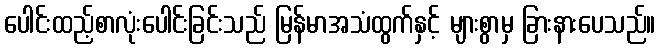
ပေါင်းထည့်စာလုံးပေါင်းခြင်းသည် မြန်မာအသံထွက်နှင့် များစွာမှ ခြားနားပေသည်။